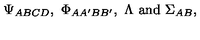
\Psi _ { A B C D } , \ \Phi _ { A A ^ { \prime } B B ^ { \prime } } , \ \Lambda \ \mathrm { a n d } \ \Sigma _ { A B } ,